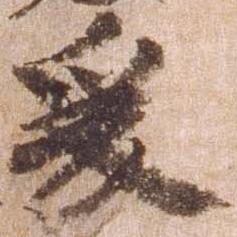
爰